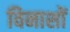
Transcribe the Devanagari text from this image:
विनाशों